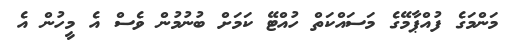
މަންމަގެ ފުއްޕާމޭގެ މަސައްކަތް ހުއްޓޭ ކަމަށް ބުނުމުން ވެސް އެ މީހުން އެ